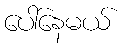
ပေါ်နေမယ်